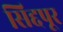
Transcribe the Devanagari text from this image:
सिद्दपूर